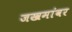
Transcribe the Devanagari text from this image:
जखमांवर